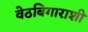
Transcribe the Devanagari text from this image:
वेठबिगाराशी